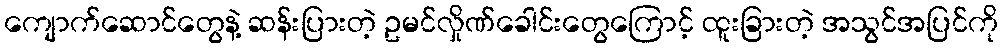
ကျောက်ဆောင်တွေနဲ့ ဆန်းပြားတဲ့ ဥမင်လှိုဏ်ခေါင်းတွေကြောင့် ထူးခြားတဲ့ အသွင်အပြင်ကို